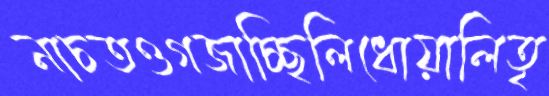
নাচতওগজাচ্ছিলিধোয়ালিতৃ